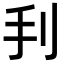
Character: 𢩬